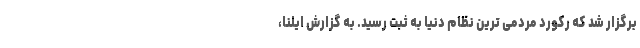
برگزار شد که رکورد مردمی ترین نظام دنیا به ثبت رسید. به گزارش ایلنا،